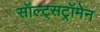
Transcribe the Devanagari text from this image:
सॉल्ट्सट्रॉमेन